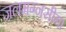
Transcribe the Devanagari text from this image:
जलमग्नसीमा